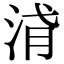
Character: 浳